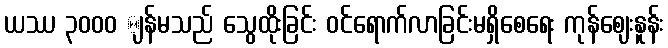
ယဿ ၃၀၀ဝ ျန်မသည် သွေထိုးခြင်း ဝင်ရောက်လာခြင်းမရှိစေရေး ကုန်ဈေးနူန်း